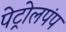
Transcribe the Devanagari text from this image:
पेट्रोलपंप